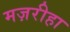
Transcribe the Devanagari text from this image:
मज़रीहा